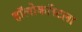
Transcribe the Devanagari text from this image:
हॉलोकॉस्टला